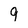
Character: 9